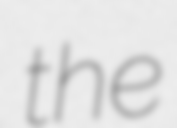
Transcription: the